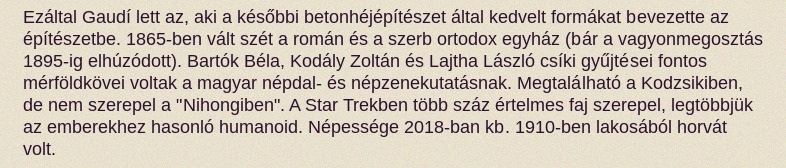
Ezáltal Gaudí lett az, aki a későbbi betonhéjépítészet által kedvelt formákat bevezette az építészetbe. 1865-ben vált szét a román és a szerb ortodox egyház (bár a vagyonmegosztás 1895-ig elhúzódott). Bartók Béla, Kodály Zoltán és Lajtha László csíki gyűjtései fontos mérföldkövei voltak a magyar népdal- és népzenekutatásnak. Megtalálható a Kodzsikiben, de nem szerepel a "Nihongiben". A Star Trekben több száz értelmes faj szerepel, legtöbbjük az emberekhez hasonló humanoid. Népessége 2018-ban kb. 1910-ben lakosából horvát volt.